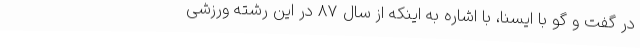
در گفت و گو با ایسنا، با اشاره به اینکه از سال 87 در این رشته ورزشی